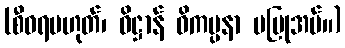
(စီဝရမဟုတ်၊ ဓိဋ္ဌာန် ဝိကပ္ပနာ မပြုအပ်။)